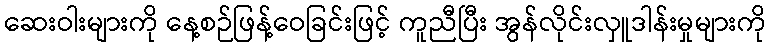
ဆေးဝါးများကို နေ့စဉ်ဖြန့်ဝေခြင်းဖြင့် ကူညီပြီး အွန်လိုင်းလှူဒါန်းမှုများကို